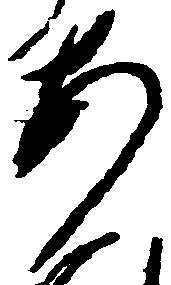
あ